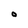
Character: O